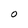
Character: O